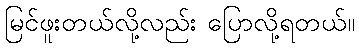
မြင်ဖူးတယ်လို့လည်း ပြောလို့ရတယ်။